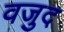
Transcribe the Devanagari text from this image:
वजुद